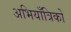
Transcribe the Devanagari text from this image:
अभियाँत्रिकों